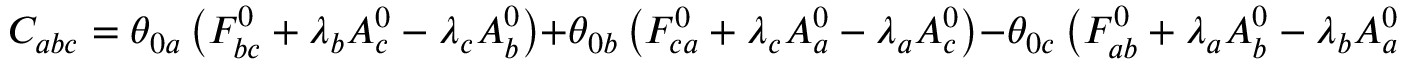
C _ { a b c } = \theta _ { 0 a } \left( F _ { b c } ^ { 0 } + \lambda _ { b } A _ { c } ^ { 0 } - \lambda _ { c } A _ { b } ^ { 0 } \right) + \theta _ { 0 b } \left( F _ { c a } ^ { 0 } + \lambda _ { c } A _ { a } ^ { 0 } - \lambda _ { a } A _ { c } ^ { 0 } \right) - \theta _ { 0 c } \left( F _ { a b } ^ { 0 } + \lambda _ { a } A _ { b } ^ { 0 } - \lambda _ { b } A _ { a } ^ { 0 } \right) ,